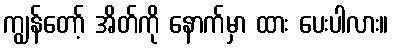
ကျွန်တော့် အိတ်ကို နောက်မှာ ထား ပေးပါလား။